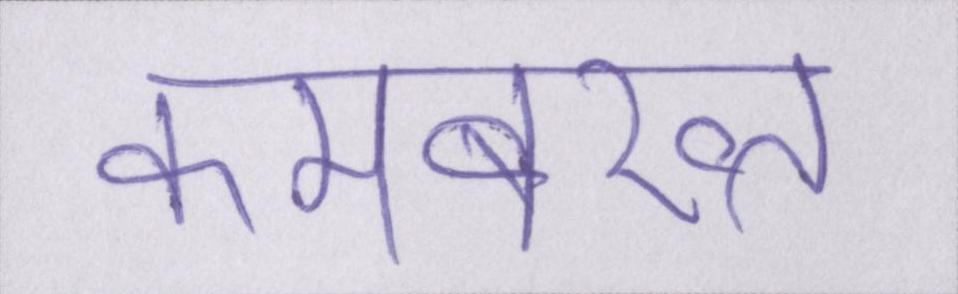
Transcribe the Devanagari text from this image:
कमबख्त